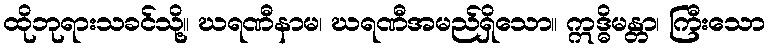
ထိုဘုရားသခင်သို့။ ဃရဏီနာမ၊ ဃရဏီအမည်ရှိသော။ ဣဒ္ဓိမန္တာ၊ ကြီးသော